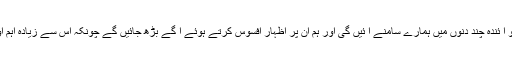
یہ ان لاتعداد کہانیوں میں سے ایک دلخراش کہانی ہے جو آ ئندہ چند دنوں میں ہمارے سامنے آ ئیں گی اور ہم ان پر اظہار افسوس کرتے ہوئے آ گے بڑھ جائیں گے چونکہ اس سے زیادہ اہم اور چونکا دینے والی خبریں ہمارا انتظار کررہی ہوں گی۔